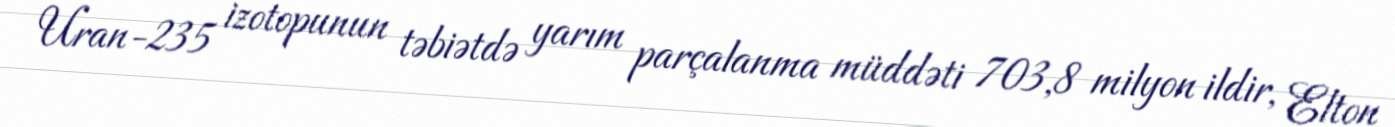
Uran-235 izotopunun təbiətdə yarım parçalanma müddəti 703,8 milyon ildir, Elton